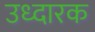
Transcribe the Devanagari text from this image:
उध्दारक